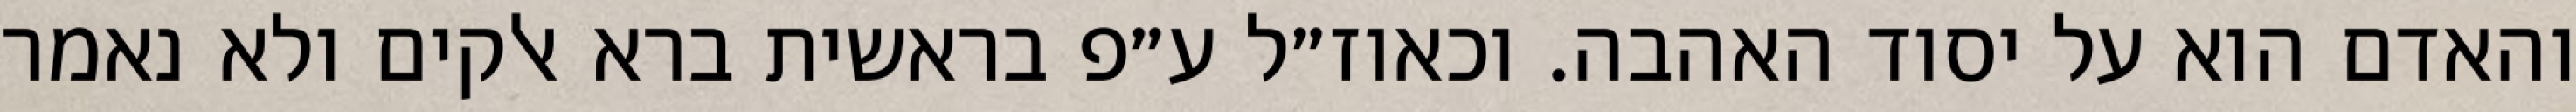
והאדם הוא על יסוד האהבה. וכאוז״ל ע״פ בראשית ברא אלקים ולא נאמר